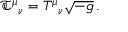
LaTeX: { \mathfrak { T } } ^ { \mu } { } _ { \nu } = T ^ { \mu } { } _ { \nu } { \sqrt { - g } } \, .